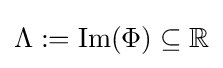
\Lambda :=\mathrm {Im} (\Phi )\subseteq \mathbb {R}